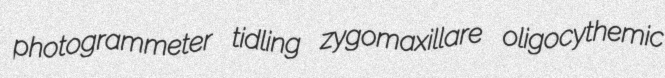
photogrammeter tidling zygomaxillare oligocythemic